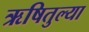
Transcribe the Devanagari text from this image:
ऋषितुल्या